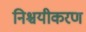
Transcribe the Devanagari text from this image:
निश्चयीकरण